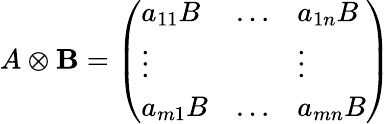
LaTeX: A\otimes\mathbf{B}=\left(\begin{array}{lll}{a_{11}B}&{\ldots}&{a_{1n}B}\\ {\vdots}&{}&{\vdots}\\ {a_{m1}B}&{\ldots}&{a_{mn}B}\end{array}\right)